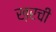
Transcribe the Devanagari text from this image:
ख़रची